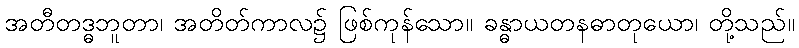
အတီတဒ္ဓဘူတာ၊ အတိတ်ကာလ၌ ဖြစ်ကုန်သော။ ခန္ဓာယတနဓာတုယော၊ တို့သည်။